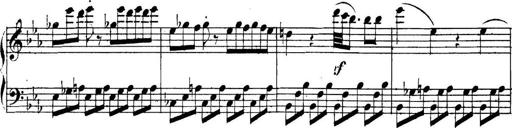
Title: Collected Piano Sonatas
Composer: Muzio Clementi